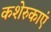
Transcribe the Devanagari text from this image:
कशेरुकाएं